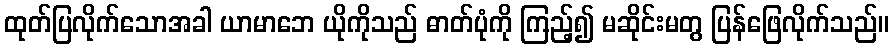
ထုတ်ပြလိုက်သောအခါ ယာမာဘေ ယိုကိုသည် ဓာတ်ပုံကို ကြည့်၍ မဆိုင်းမတွ ပြန်ဖြေလိုက်သည်။